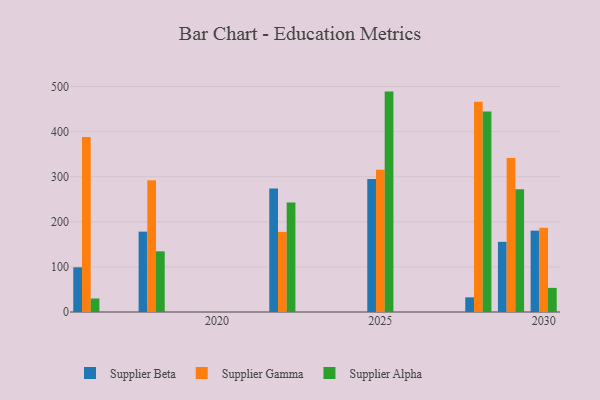
{"axis": {"x": "Year", "y": "Churn Rate (%)"}, "legend": ["Supplier Alpha", "Supplier Beta", "Supplier Gamma"], "data": [{"x": "2022", "y": 273.8, "type": "Supplier Beta"}, {"x": "2022", "y": 177.7, "type": "Supplier Gamma"}, {"x": "2022", "y": 243.0, "type": "Supplier Alpha"}, {"x": "2025", "y": 294.9, "type": "Supplier Beta"}, {"x": "2025", "y": 315.5, "type": "Supplier Gamma"}, {"x": "2025", "y": 488.7, "type": "Supplier Alpha"}, {"x": "2030", "y": 180.4, "type": "Supplier Beta"}, {"x": "2030", "y": 186.7, "type": "Supplier Gamma"}, {"x": "2030", "y": 53.5, "type": "Supplier Alpha"}, {"x": "2028", "y": 32.5, "type": "Supplier Beta"}, {"x": "2028", "y": 466.2, "type": "Supplier Gamma"}, {"x": "2028", "y": 444.7, "type": "Supplier Alpha"}, {"x": "2016", "y": 99.1, "type": "Supplier Beta"}, {"x": "2016", "y": 387.8, "type": "Supplier Gamma"}, {"x": "2016", "y": 30.0, "type": "Supplier Alpha"}, {"x": "2029", "y": 155.6, "type": "Supplier Beta"}, {"x": "2029", "y": 341.3, "type": "Supplier Gamma"}, {"x": "2029", "y": 272.2, "type": "Supplier Alpha"}, {"x": "2018", "y": 178.2, "type": "Supplier Beta"}, {"x": "2018", "y": 291.9, "type": "Supplier Gamma"}, {"x": "2018", "y": 134.5, "type": "Supplier Alpha"}]}